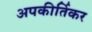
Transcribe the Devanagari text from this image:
अपकीर्तिकर